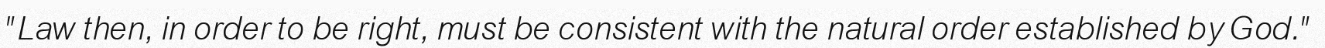
"Law then, in order to be right, must be consistent with the natural order established by God."